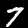
Label: 7